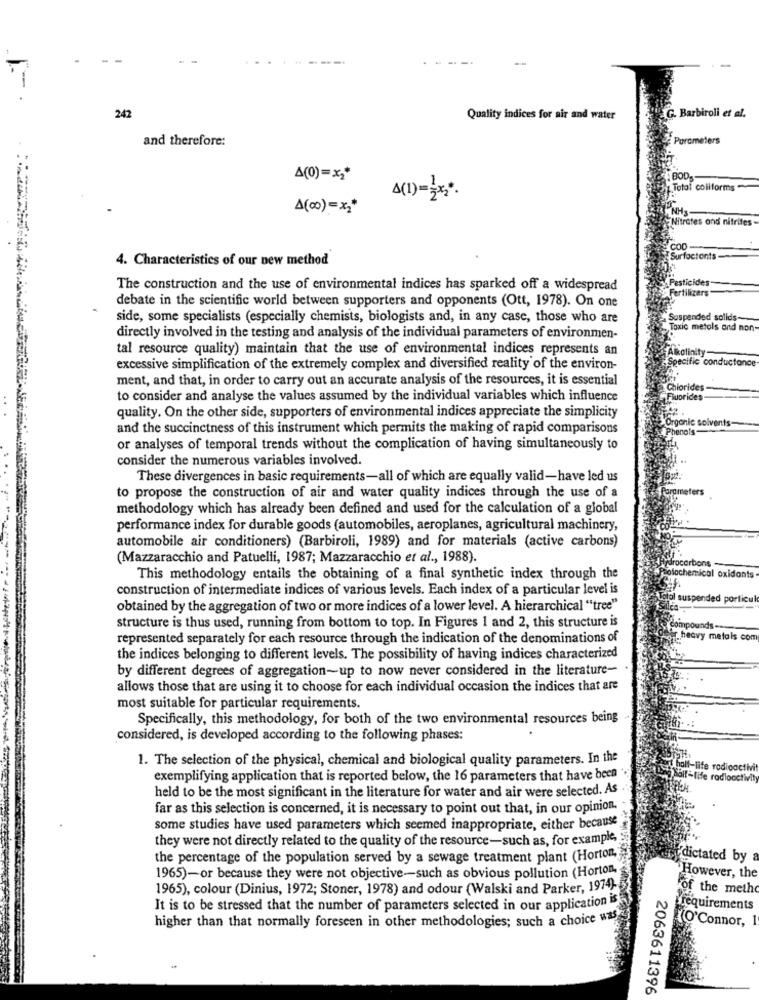
=
G. Barbiroli et al.
242
Quality indices for air and water
and therefore:
Parameters
A(0)=x1*
Total coliforms~
A(1) =*.
4(00)=x2*
NHA
Nitrates and nitrites-
COD
4. Characteristics of our new method
Surfoctonts
Pesticides
The construction and the use of environmental indices has sparked off a widespread
ertilizers
debate in the scientific world between supporters and opponents (Ott, 1978). On one
side, some specialists (especially chemists, biologists and, in any case, those who are
Suspended solids-
Toxic metals and non
directly involved in the testing and analysis of the individual parameters of environmen-
tal resource quality) maintain that the use of environmental indices represents an
Specific conductance
Alkalinity
excessive simplification of the extremely complex and diversified reality of the environ-
ment, and that, in order to carry out an accurate analysis of the resources, it is essential
Chlorides
to consider and analyse the values assumed by the individual variables which influence
Fuorides
quality. On the other side, supporters of environmental indices appreciate the simplicity
and the succinctness of this instrument which permits the making of rapid comparisons
Organic solv
ents-
or analyses of temporal trends without the complication of having simultaneously to
consider the numerous variables involved.
These divergences in basic requirements-all of which are equally valid-have led us
to propose the construction of air and water quality indices through the use of a
pmeters
methodology which has already been defined and used for the calculation of a global
performance index for durable goods (automobiles, aeroplanes, agricultural machinery,
automobile air conditioners) (Barbiroli, 1989) and for materials (active carbons)
(Mazzaracchio and Patuelli, 1987; Mazzaracchio et al ., 1988).
drocarbons
This methodology entails the obtaining of a final synthetic index through the
olachemical oxidants
construction of intermediate indices of various levels. Each index of a particular level is
I suspended porficul
obtained by the aggregation of two or more indices of a lower level. A hierarchical "tree"
structure is thus used, running from bottom to top. In Figures 1 and 2, this structure is
ompounds-
represented separately for each resource through the indication of the denominations of
.heavy metals com
the indices belonging to different levels. The possibility of having indices characterized
by different degrees of aggregation-up to now never considered in the literature-
allows those that are using it to choose for each individual occasion the indices that are
most suitable for particular requirements.
Specifically, this methodology, for both of the two environmental resources being
considered, is developed according to the following phases:
1. The selection of the physical, chemical and biological quality parameters. In the
lf-life rodioactivi
exemplifying application that is reported below, the 16 parameters that have been
life rodlooctivity
held to be the most significant in the literature for water and air were selected. As
far as this selection is concerned, it is necessary to point out that, in our opinion.
some studies have used parameters which seemed inappropriate, either because
they were not directly related to the quality of the resource-such as, for example,
the percentage of the population served by a sewage treatment plant (Horton,
dictated by a
1965)-or because they were not objective-such as obvious pollution (Horton,
However, the
1965), colour (Dinius, 1972; Stoner, 1978) and odour (Walski and Parker, 1974)-
of the methe
It is to be stressed that the number of parameters selected in our application is
requirements
higher than that normally foreseen in other methodologies; such a choice was
(O'Connor, 1
2063611396